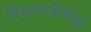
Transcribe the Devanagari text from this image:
त्रिकोणमितीमध्ये